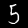
Label: 5